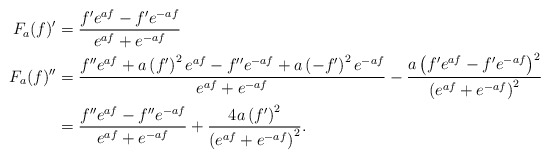
\begin{align*}F_a(f)'&=\frac{f'e^{af}-f'e^{-af}}{e^{af}+e^{-af}}\\F_a(f)''&=\frac{f''e^{af}+a\left(f'\right)^2e^{af}-f''e^{-af}+a\left(-f'\right)^2e^{-af}}{e^{af}+e^{-af}}-\frac{a\left(f'e^{af}-f'e^{-af}\right)^2}{\left(e^{af}+e^{-af}\right)^2}\\&=\frac{f''e^{af}-f''e^{-af}}{e^{af}+e^{-af}}+\frac{4a\left(f'\right)^2}{\left(e^{af}+e^{-af}\right)^2}.\end{align*}